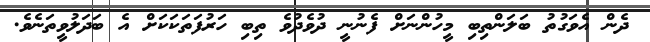
ދެން އެވަގުތު ބަލަންތިބި މީހުންނަށް ފެނުނީ ދުވެދުވެ ތިބި ހަރުފަތަކަކަށް އެ ބަދަލުވީތަނެވެ.